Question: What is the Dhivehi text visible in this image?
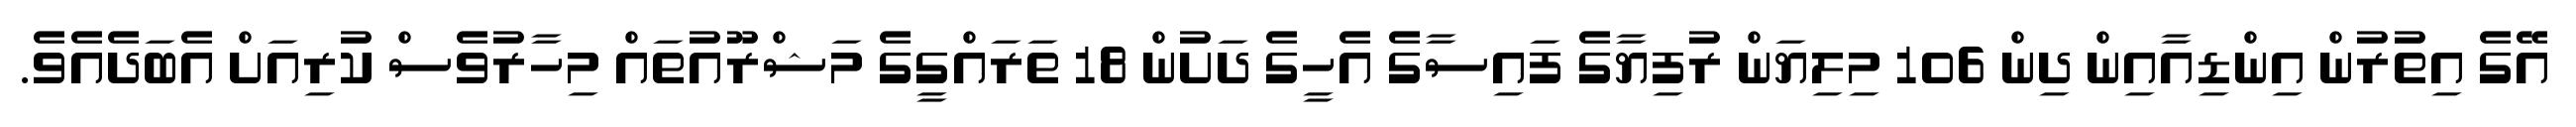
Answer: އޭގެ އިތުރުން އިންޑިއާއިން ދިން 106 މިލިޔަން ރުފިޔާގެ ފައިސާގެ އެހީގެ ދަށުން 18 ތަރައްގީގެ މަޝްރޫއުތައް މިހާރުވެސް ކުރިއަށް އެބަދެއެވެ.